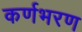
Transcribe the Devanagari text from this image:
कर्णभरण